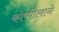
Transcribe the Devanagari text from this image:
कोप्पोलाने